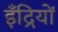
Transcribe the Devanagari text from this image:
इँद्रियों